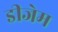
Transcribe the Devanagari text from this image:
डीजेम